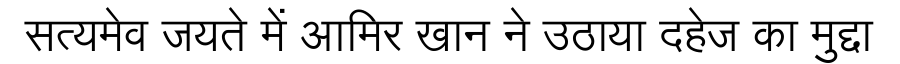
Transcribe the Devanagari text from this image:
सत्यमेव जयते में आमिर खान ने उठाया दहेज का मुद्दा